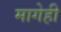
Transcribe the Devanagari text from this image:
मागेही